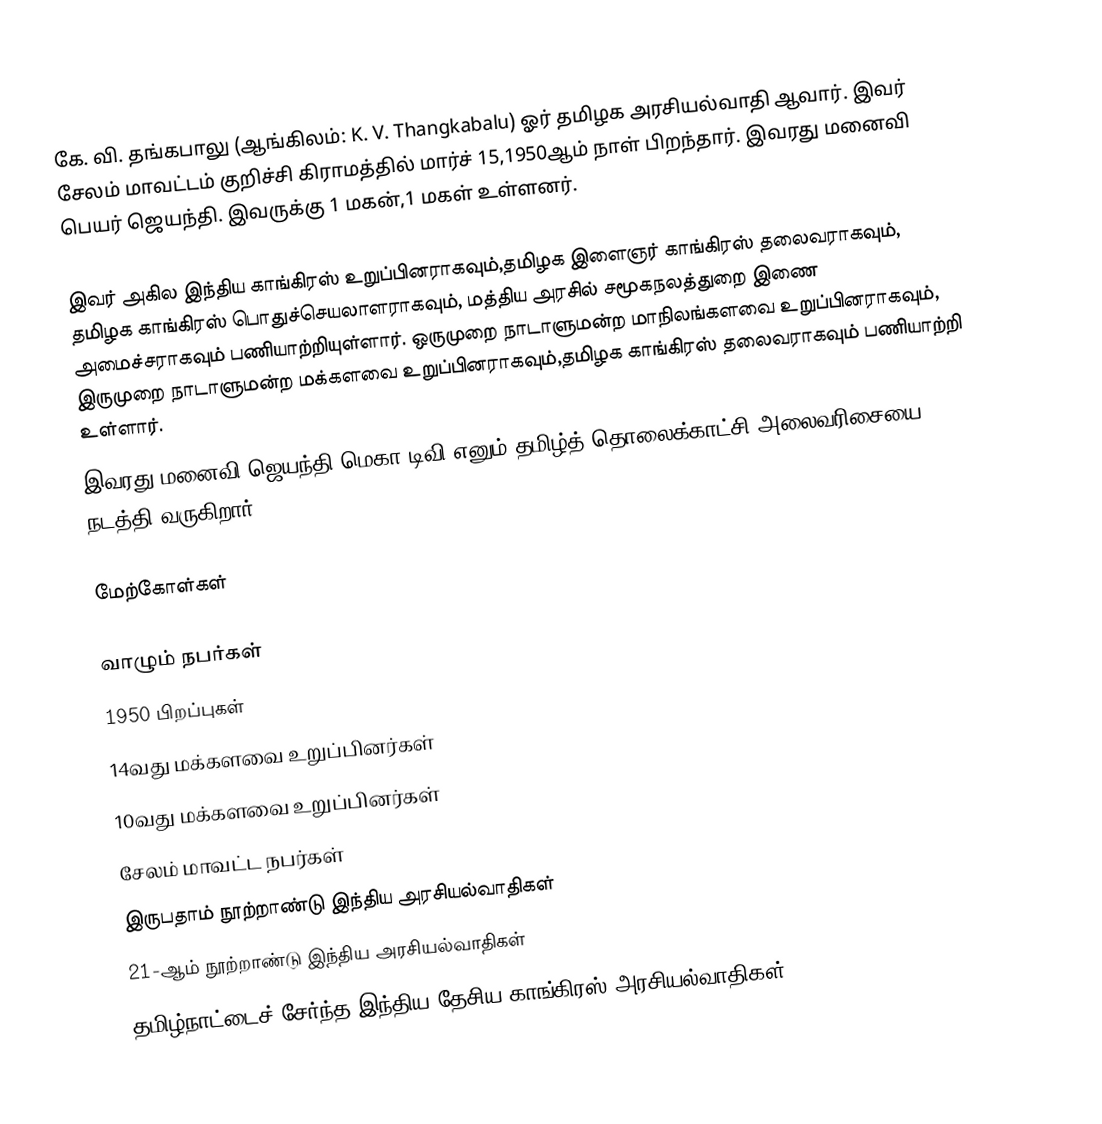
கே. வி. தங்கபாலு (ஆங்கிலம்: K. V. Thangkabalu) ஓர் தமிழக அரசியல்வாதி ஆவார். இவர் சேலம் மாவட்டம் குறிச்சி கிராமத்தில் மார்ச் 15,1950ஆம் நாள் பிறந்தார். இவரது மனைவி பெயர் ஜெயந்தி. இவருக்கு 1 மகன்,1 மகள் உள்ளனர்.

இவர் அகில இந்திய காங்கிரஸ் உறுப்பினராகவும்,தமிழக இளைஞர் காங்கிரஸ் தலைவராகவும், தமிழக காங்கிரஸ் பொதுச்செயலாளராகவும், மத்திய அரசில் சமூகநலத்துறை இணை அமைச்சராகவும் பணியாற்றியுள்ளார். ஒருமுறை நாடாளுமன்ற மாநிலங்களவை உறுப்பினராகவும், இருமுறை நாடாளுமன்ற மக்களவை உறுப்பினராகவும்,தமிழக காங்கிரஸ் தலைவராகவும் பணியாற்றி உள்ளார்.
இவரது மனைவி ஜெயந்தி மெகா டிவி எனும் தமிழ்த் தொலைக்காட்சி அலைவரிசையை நடத்தி வருகிறார்.

மேற்கோள்கள்

வாழும் நபர்கள்
1950 பிறப்புகள்
14வது மக்களவை உறுப்பினர்கள்
10வது மக்களவை உறுப்பினர்கள்
சேலம் மாவட்ட நபர்கள்
இருபதாம் நூற்றாண்டு இந்திய அரசியல்வாதிகள்
21-ஆம் நூற்றாண்டு இந்திய அரசியல்வாதிகள்
தமிழ்நாட்டைச் சேர்ந்த இந்திய தேசிய காங்கிரஸ் அரசியல்வாதிகள்